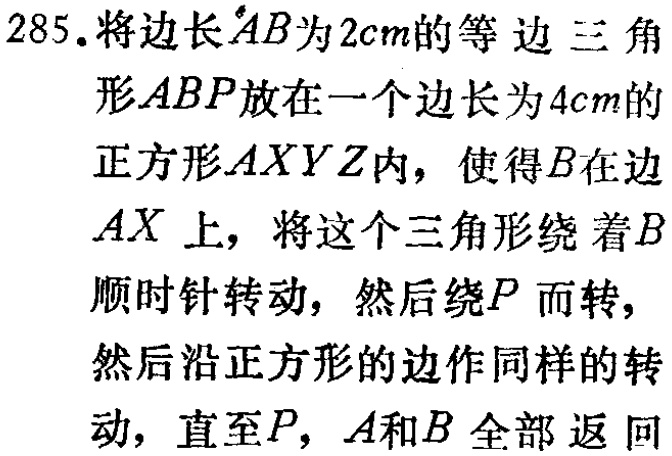
285. 将边长\(AB\)为\(2cm\)的等边三角形\(ABP\)放在一个边长为\(4cm\)的正方形\(AXYZ\)内，使得\(B\)在边\(AX\)上，将这个三角形绕着\(B\)顺时针转动，然后绕\(P\)而转，然后沿正方形的边作同样的转动，直至\(P\)，\(A\)和\(B\)全部返回